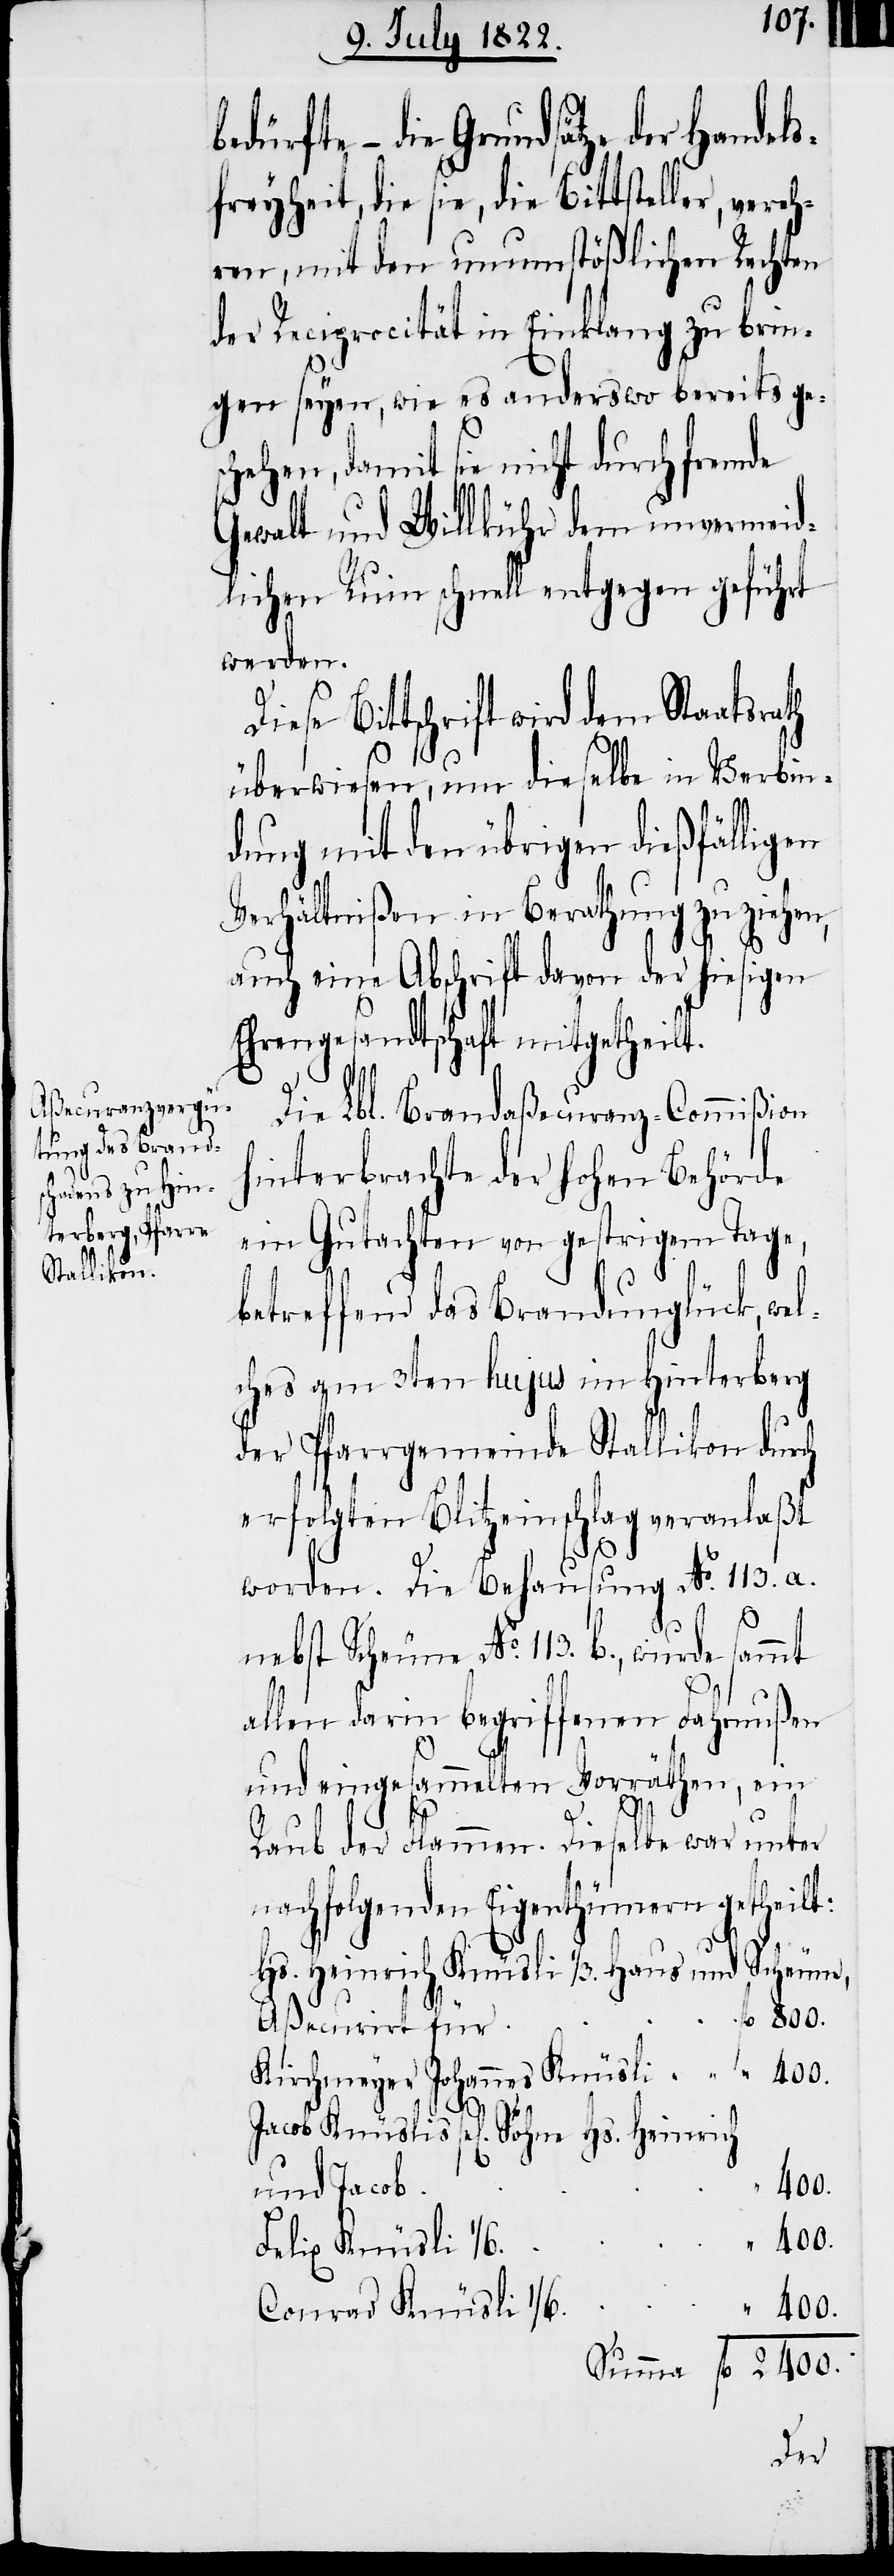
bedürfte – die Grundsätze der Handels¬
freyheit die sie, die Bittsteller, ver¬
ren, mit den unumstößlichen Rechten
der Reciprocität in Einklang zu brin¬
gen seyen, wie es anderswo bereits ges¬
chehen, damit sie nicht durch fremde
Gewalt und Willkühr dem unvermeid¬
lichen Ruin schnell entgegen geführt
werden.
Diese Bittschrift wird dem Staatsrath
überwiesen, um dieselbe in Verbin¬
dung mit den übrigen dießfälligen
Verhältnißen in Berathung zu ziehen,
auch eine Abschrift davon der hiesigen
Ehrengesandtschaft mitgetheilt.
Die Lbl. Brandaßecuranz-Commißion
hinterbrachte der Hohen Behörde
ein Gutachten von gestrigem Tage,
betreffend das Brandunglück, wel¬
ches am 3ten hujus im Hinterberg
der Pfarrgemeinde Stallikon durch
erfolgten Blitzeinschlag veranlaßt
800.
worden. Die Behausung No. 113. a.
nebst Scheune No. 113. b., wurde sammt
allen darin begriffenen Fahrnußen
und eingesammelten Vorräthen, ein
Raub der Flammen. Dieselbe war unter
nachfolgenden Eigenthümern getheilt:
Hs. Heinrich Knüsli 1/3. Haus und Scheune,
Aßecurirt für
Kirchmeyer Johannes Knüsli	fl. 400.
Jacob Knüslis sel. Söhne Hs. Heinrich
400.
Felix Knüsli
Conrad Knüsli 1/6	„
Summe fl. 2400.

und